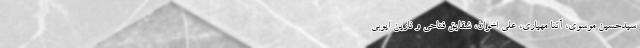
سیدحسین موسوی، آتنا مهیاری، علی اخوان، شقایق فتاحی و نارین ایوبی